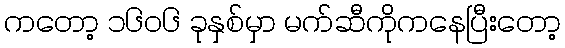
ကတော့ ၁၆၀၆ ခုနှစ်မှာ မက်ဆီကိုကနေပြီးတော့